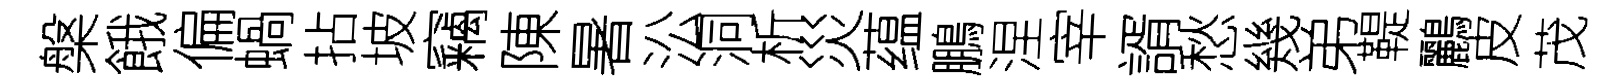
槃餓偏蝸拈坡竊陳暑㳂洞析災蕴鵬涅宰諝愁幾弟鞮鸝皮茂